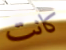
كانت